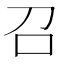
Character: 召